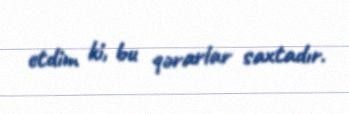
etdim ki, bu qərarlar saxtadır.